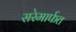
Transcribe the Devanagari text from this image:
सरेमार्फत